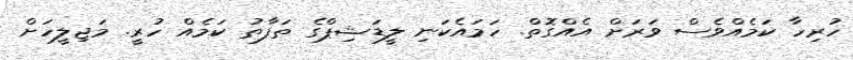
ހުރިހާ ކަމެއްވެސް ވަރަށް އެއްގޮތް. ހަމައެކަނި ލީޑަޝިޕްގެ ތަފާތު ކަމެއް ހުރީ. މަޖިލީހަށް